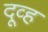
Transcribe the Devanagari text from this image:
दूव्ह